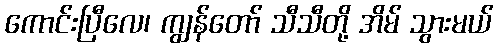
ကောင်းပြီလေ၊ ကျွန်တော် သီသီတို့ အိမ် သွားမယ်